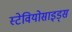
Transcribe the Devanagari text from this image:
स्टेवियोसाइड्स